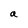
Character: a